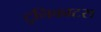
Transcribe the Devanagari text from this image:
टुनिकाटस